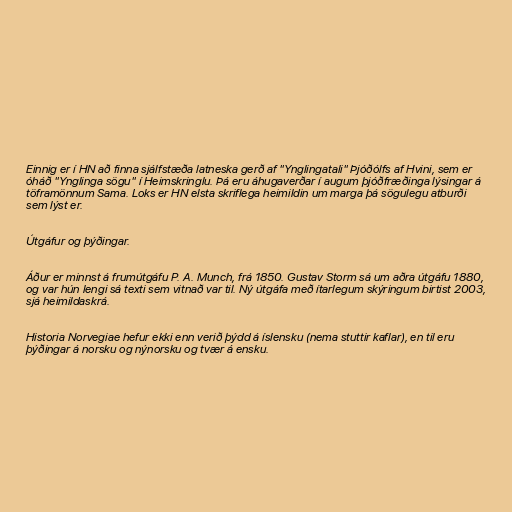
Einnig er í HN að finna sjálfstæða latneska gerð af "Ynglingatali" Þjóðólfs af Hvini, sem er
óháð "Ynglinga sögu" í Heimskringlu. Þá eru áhugaverðar í augum þjóðfræðinga lýsingar á
töframönnum Sama. Loks er HN elsta skriflega heimildin um marga þá sögulegu atburði
sem lýst er.

Útgáfur og þýðingar.

Áður er minnst á frumútgáfu P. A. Munch, frá 1850. Gustav Storm sá um aðra útgáfu 1880,
og var hún lengi sá texti sem vitnað var til. Ný útgáfa með ítarlegum skýringum birtist 2003,
sjá heimildaskrá.

Historia Norvegiae hefur ekki enn verið þýdd á íslensku (nema stuttir kaflar), en til eru
þýðingar á norsku og nýnorsku og tvær á ensku.